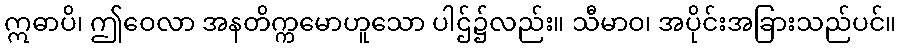
ဣဓာပိ၊ ဤဝေလာ အနတိက္ကမောဟူသော ပါဌ်၌လည်း။ သီမာဝ၊ အပိုင်းအခြားသည်ပင်။